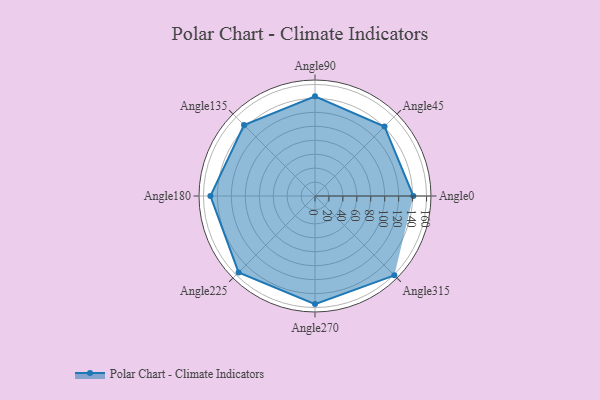
{"axis": {"x": "Angle", "y": "Radius"}, "legend": [""], "data": [{"x": "Angle0", "y": 141.0, "type": ""}, {"x": "Angle45", "y": 141.0, "type": ""}, {"x": "Angle90", "y": 143.0, "type": ""}, {"x": "Angle135", "y": 144.0, "type": ""}, {"x": "Angle180", "y": 150.0, "type": ""}, {"x": "Angle225", "y": 155.0, "type": ""}, {"x": "Angle270", "y": 155.0, "type": ""}, {"x": "Angle315", "y": 161.0, "type": ""}]}